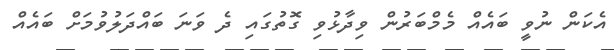
އެކަން ނުވީ ބައެއް މެމްބަރުން ވިދާޅުވި ގޮތުގައި ދެ ވަނަ ބައްދަލުވުމަށް ބައެއް